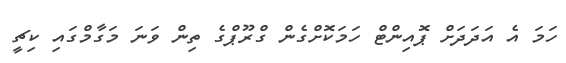
ހަމަ އެ އަދަދަށް ޕޮއިންޓް ހަމަކޮށްގެން ގްރޫޕްގެ ތިން ވަނަ މަގާމްގައި ކިޗީ